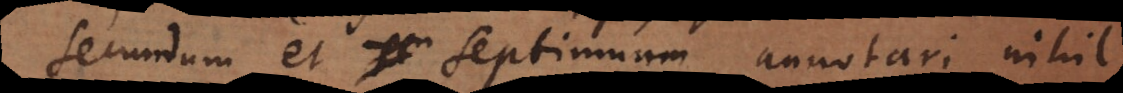
Secundum et septimum annotari nihil